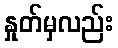
နှုတ်မှလည်း